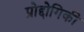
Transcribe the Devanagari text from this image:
प्रोद्दोगिकी